Code of medical and sanitary regulations for the guidance of medical officers serving in the Madras Presidency - Volume I
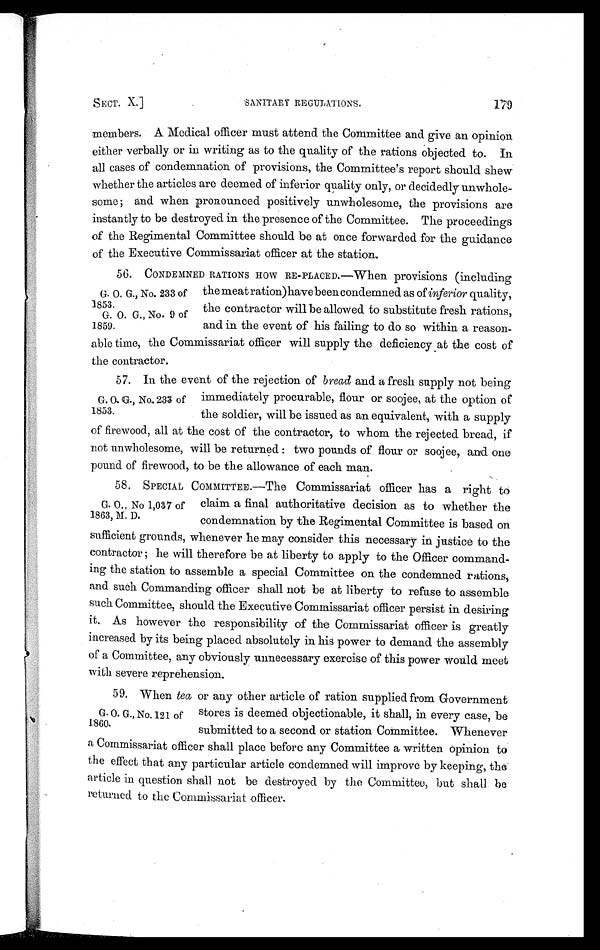
SECT. X.]
SANITARY REGULATIONS.
members. A Medical officer must attend the Committee and give an opinion
either verbally or in writing as to the quality of the rations objected to. In
all cases of condemnation of provisions, the Committee's report should shew
whether the articles are deemed of inferior quality only, or decidedly unwhole
-some; and when pronounced positively unwholesome, the provisions are
instantly to be destroyed in the presence of the Committee. The proceedings
of the Regimental Committee should be at once forwarded for the guidance
of the Executive Commissariat officer at the station.
56. CONDEMNED RATIONS HOW RE-PLACED.—When provisions (including
G. O. G., No. 233 of the meatration) have been condemned as of inferior quality,
1853. the contractor will be allowed to substitute fresh rations,
G. O. G., No. 9 of
1859. and in the event of his failing to do so within a reason
-able time, the Commissariat officer will supply the deficiency at the cost of
the contractor.
57. In the event of the rejection of bread and a fresh supply not being
G . O . G . , N o . 2 3 o f i m m e d i a t e l y p r o c u r a b l e , f l o u r o r s o o j e e , a t t h e o p t i o n o f
1853. the soldier, will be issued as an equivalent, with a supply
of firewood, all at the cost of the contractor, to whom the rejected bread, if
not unwholesome, will be returned: two pounds of flour or soojee, and one
pound of firewood, to be the allowance of each man.
58. SPECIAL COMMITTEE.—The Commissariat officer has a right to
G, O., No 1,037 of claim a final authoritative decision as to whether the
1863, M. D. condemnation by the Regimental Committee is based on
sufficient grounds, whenever he may consider this necessary in justice to the
contractor; he will therefore be at liberty to apply to the Officer command
-ing the station to assemble a special Committee on the condemned rations,
and such Commanding officer shall not be at liberty to refuse to assemble
such Committee, should the Executive Commissariat officer persist in desiring
it. As however the responsibility of the Commissariat officer is greatly
increased by its being placed absolutely in his power to demand the assembly
of a Committee, any obviously unnecessary exercise of this power would meet
with severe reprehension.
59. When tea or any other article of ration supplied from Government
G. O. G., No. 121 of stores is deemed objectionable, it shall, in every case, be
1:860. submitted to a second or station Committee. Whenever
a Commissariat officer shall place before any Committee a written opinion to
the effect that any particular article condemned will improve by keeping, the
article in question shall not be destroyed by the Committee, but shall be
returned to the Commissariat officer.